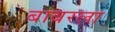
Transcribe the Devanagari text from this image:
बाबरला